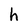
Character: h